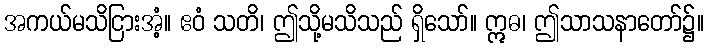
အကယ်မသိငြားအံ့။ ဧဝံ သတိ၊ ဤသို့မသိသည် ရှိသော်။ ဣဓ၊ ဤသာသနာတော်၌။